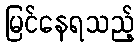
မြင်နေရသည့်